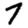
Digit: 7